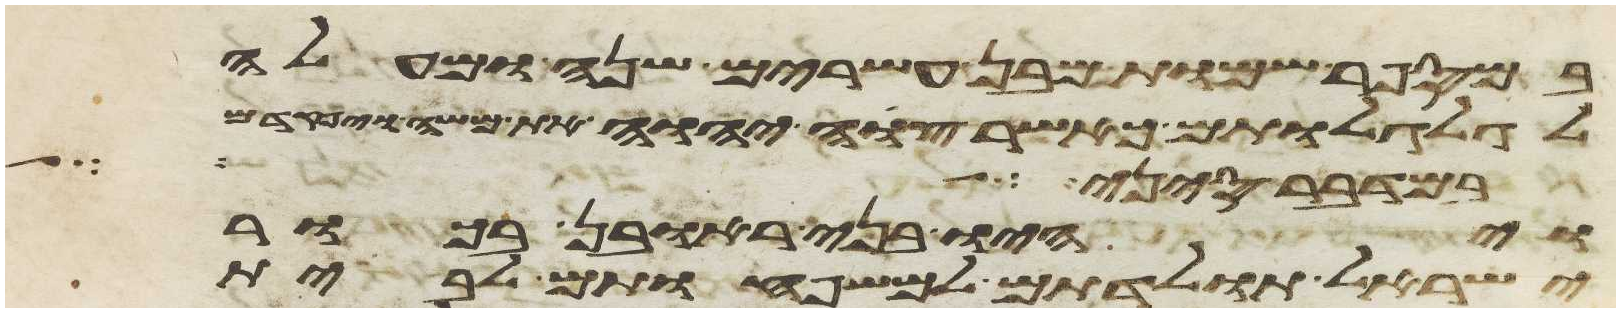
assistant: במספר שמות מבן עשרים שנה ומעלה
לגלגלותם כאשר צוה יהוה את משה ויפקדם
במדבר סיני באהל
ויהיו בני ראובן בכור
ישראל תולדתם למשפחותם לבית